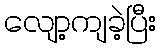
လျော့ကျခဲ့ပြီး